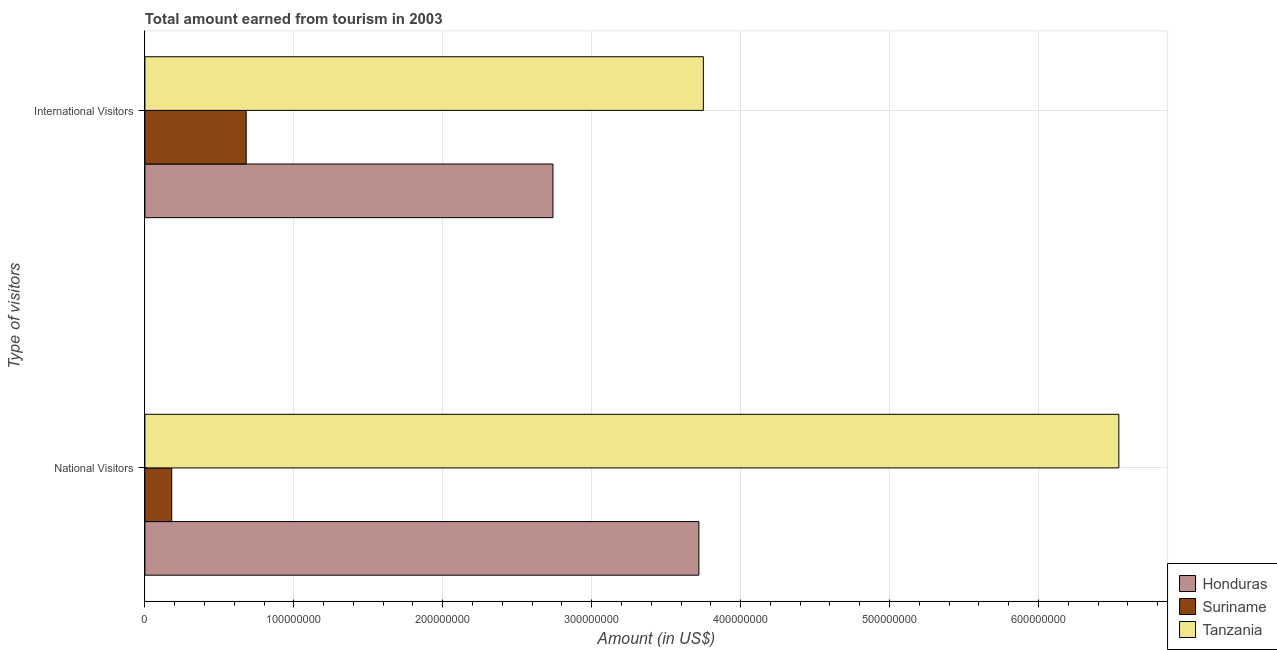
| Type of visitors | Honduras | Suriname | Tanzania |
 | --- | --- | --- | --- |
 | National Visitors | 3.72e+08 | 1.8e+07 | 6.54e+08 |
 | International Visitors | 2.74e+08 | 6.8e+07 | 3.75e+08 |